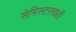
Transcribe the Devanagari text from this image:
सेमिस्टरसाठी